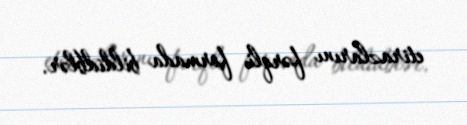
etirazlarını fərqli formada bildidblər.